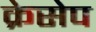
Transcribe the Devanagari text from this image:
क्रेसेप